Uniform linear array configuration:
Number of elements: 16
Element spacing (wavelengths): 1
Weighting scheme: blackman
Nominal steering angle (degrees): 15
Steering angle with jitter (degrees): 14.835
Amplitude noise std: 0.05
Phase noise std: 0.05

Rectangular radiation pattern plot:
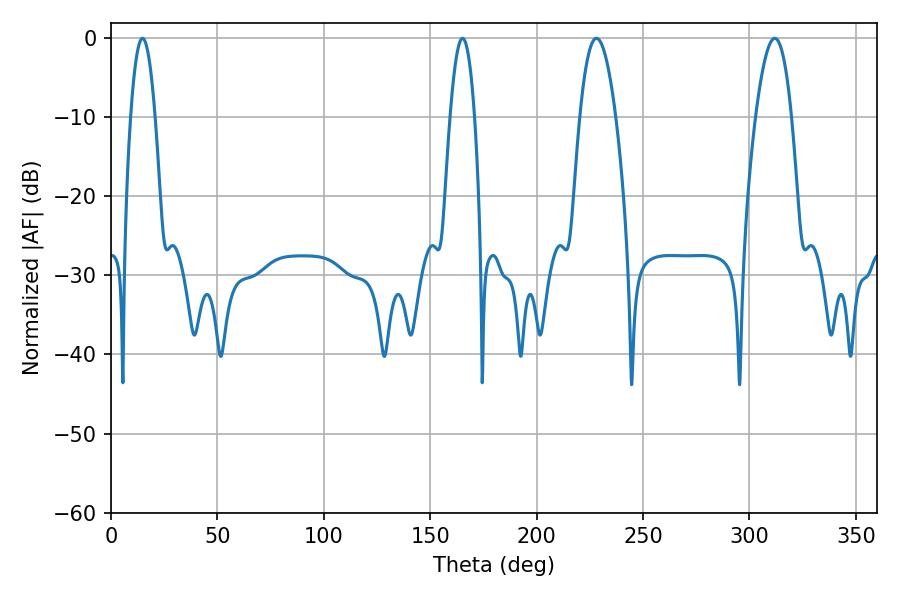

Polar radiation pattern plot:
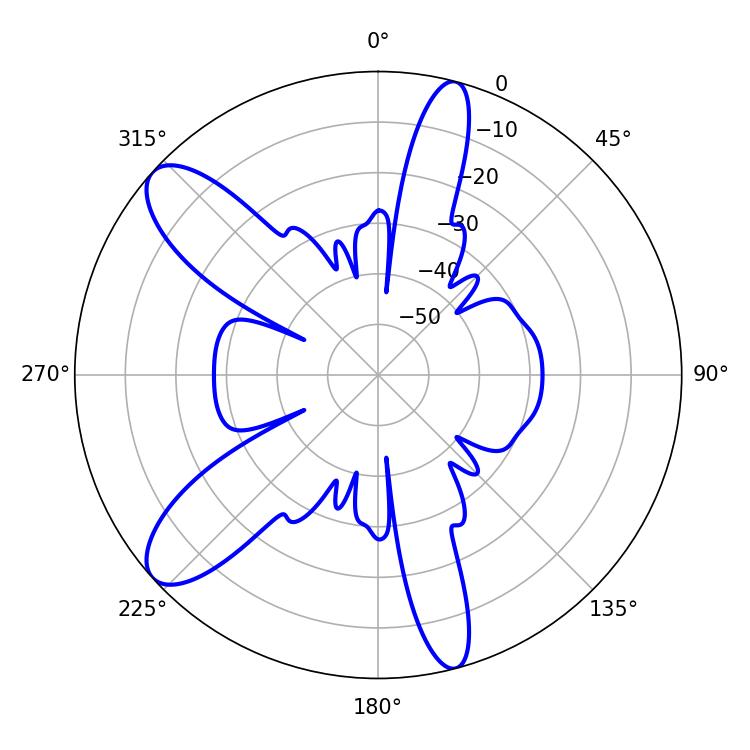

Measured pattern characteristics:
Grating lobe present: TRUE
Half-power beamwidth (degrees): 9.18
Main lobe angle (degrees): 228.06